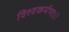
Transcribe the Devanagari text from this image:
विश्वकर्मणः।।